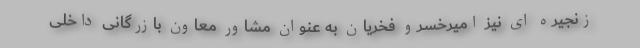
زنجیره ای نیز امیرخسرو فخریان به عنوان مشاور معاون بازرگانی داخلی